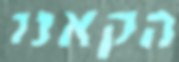
הקאנו